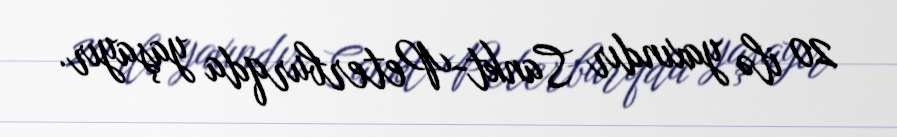
20 ilə yaxındır Sankt-Peterburqda yaşayır.